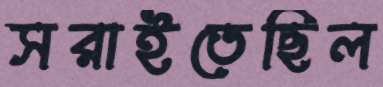
সরাইতেছিল